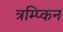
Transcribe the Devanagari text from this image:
त्रम्प्किन